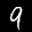
Label: 9